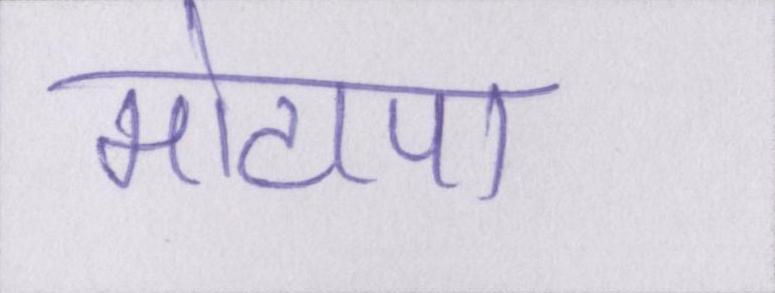
मोटापा